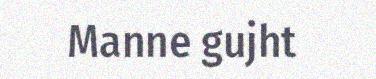
Manne gujht